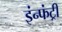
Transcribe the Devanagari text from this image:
इंन्फंट्री